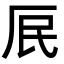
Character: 𭆃